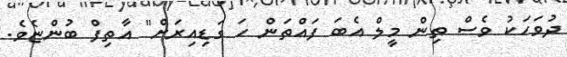
ދުވަހަކު ވެސް ތިން މީލް އެބަ ފައްތަން ހަ ގަޑިއިރަށް" އާތިފް ބުންޏެވެ.